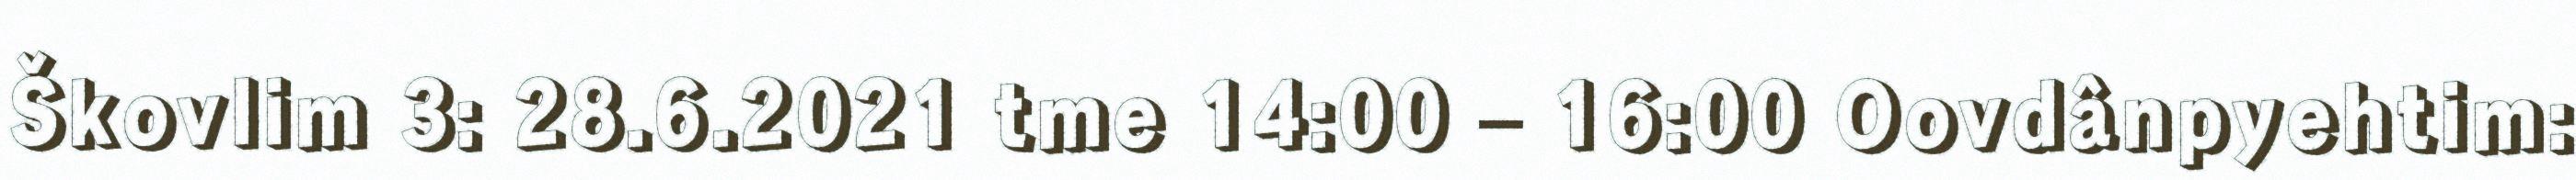
Škovlim 3: 28.6.2021 tme 14:00 – 16:00 Oovdânpyehtim: